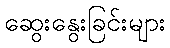
ဆွေးနွေးခြင်းများ